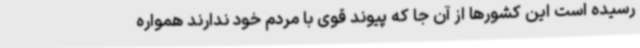
رسیده است این کشورها از آن جا که پیوند قوی با مردم خود ندارند همواره